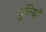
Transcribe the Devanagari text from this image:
युतियाँ